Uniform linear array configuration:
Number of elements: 12
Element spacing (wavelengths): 0.5
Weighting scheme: hamming
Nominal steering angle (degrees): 60
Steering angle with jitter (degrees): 59.482
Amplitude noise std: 0.05
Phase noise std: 0.05

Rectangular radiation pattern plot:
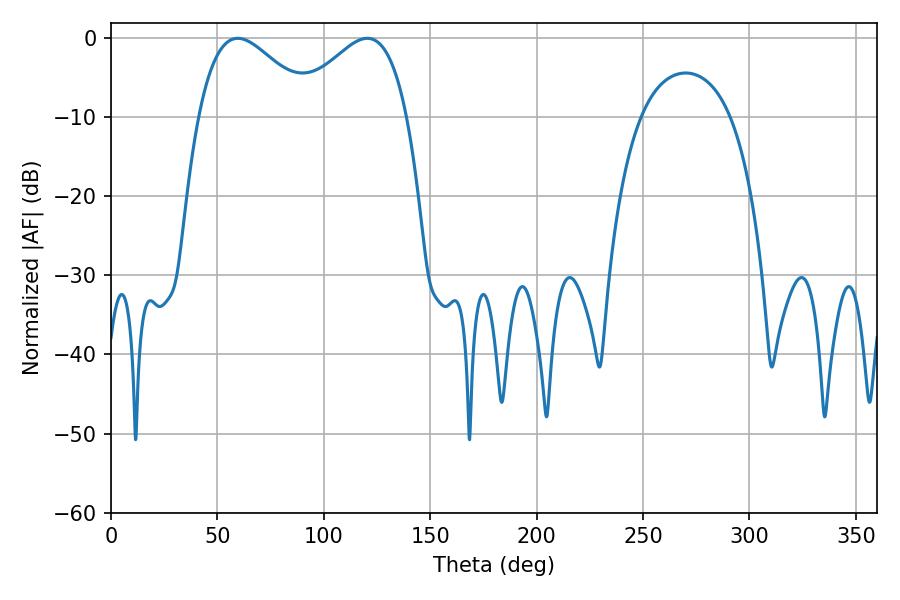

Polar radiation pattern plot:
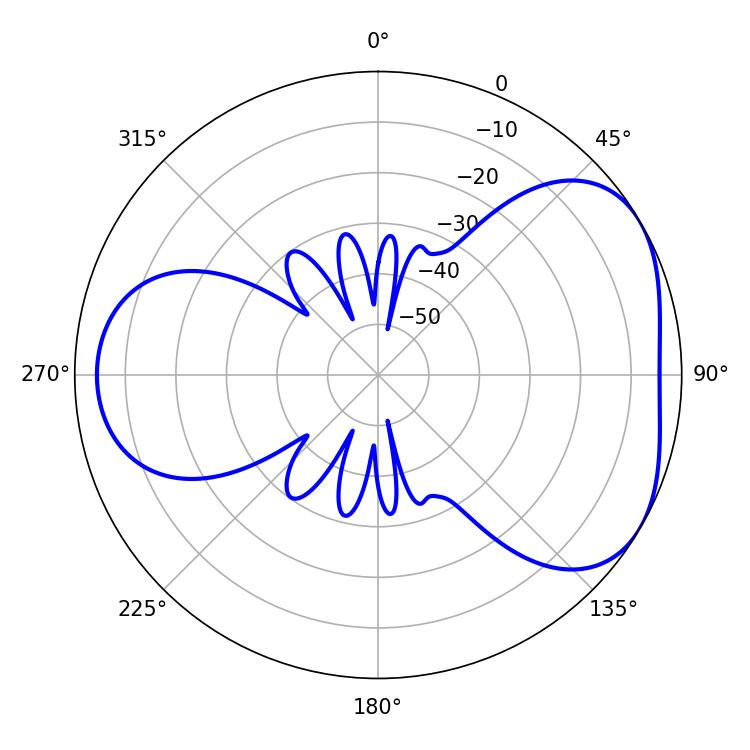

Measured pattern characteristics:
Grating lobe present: FALSE
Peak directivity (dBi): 4.333
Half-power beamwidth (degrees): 29.16
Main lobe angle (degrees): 59.58